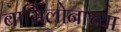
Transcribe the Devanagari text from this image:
बार्सिलोनाच्या